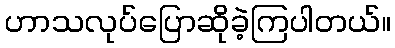
ဟာသလုပ်ပြောဆိုခဲ့ကြပါတယ်။